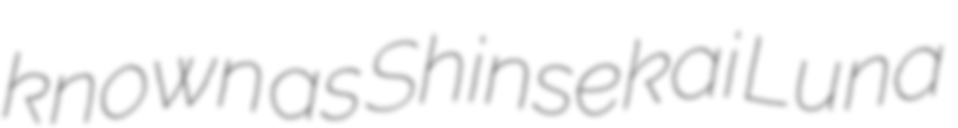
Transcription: known as Shinsekai Luna